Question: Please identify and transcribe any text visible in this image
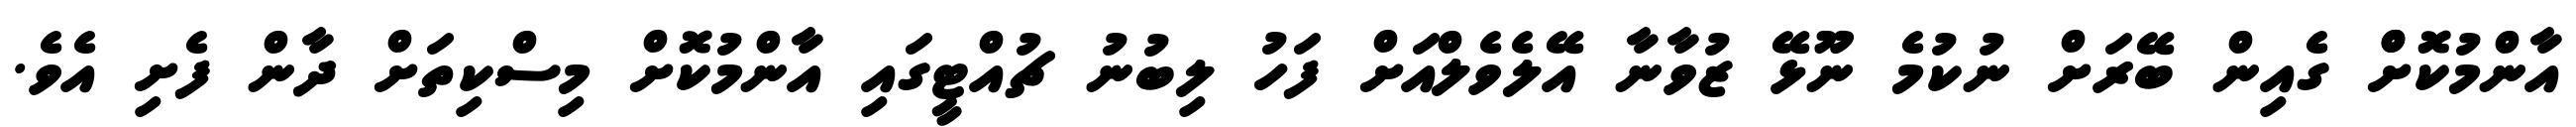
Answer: އާންމުކޮށްް ގެއިން ބޭރަށް ނުކުމެ ނޫޅޭ ޒުވާނާ އޭލެވެލްއަށް ފަހު ލިބުނު ޗުއްޓީގައި އާންމުކޮށް މިސްކިތަށް ދާން ފެށި އެވެ.